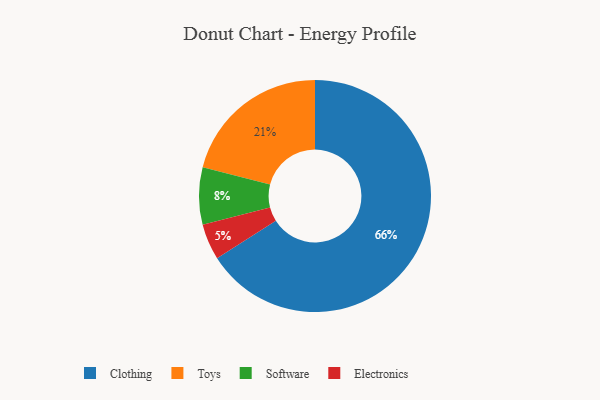
{"axis": {"x": "Category", "y": "Percentage"}, "legend": ["Clothing", "Electronics", "Software", "Toys"], "data": [{"x": "Clothing", "y": 66, "type": "Clothing"}, {"x": "Toys", "y": 21, "type": "Toys"}, {"x": "Electronics", "y": 5, "type": "Electronics"}, {"x": "Software", "y": 8, "type": "Software"}]}